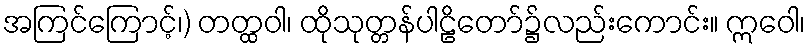
အကြင်ကြောင့်၊) တတ္ထဝါ၊ ထိုသုတ္တန်ပါဠိတော်၌လည်းကောင်း။ ဣဝေါ၊